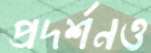
প্রদর্শনও